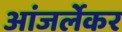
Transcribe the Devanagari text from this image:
आंजर्लेकर